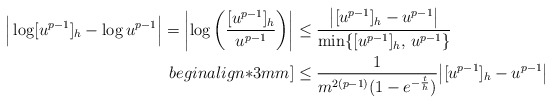
\begin{align*}\Big|\log[u^{p-1}]_h-\log u^{p-1}\Big|=\left|\log\left(\frac{[u^{p-1}]_h}{u^{p-1}}\right)\right| &\leq \frac{\big|[u^{p-1}]_h-u^{p-1}\big|}{\min\{[u^{p-1}]_h,\,u^{p-1}\}} \\begin{align*}3mm]&\leq \frac{1}{m^{2(p-1)}(1-e^{-\frac{t}{h}}) }\big|[u^{p-1}]_h-u^{p-1}\big|\end{align*}